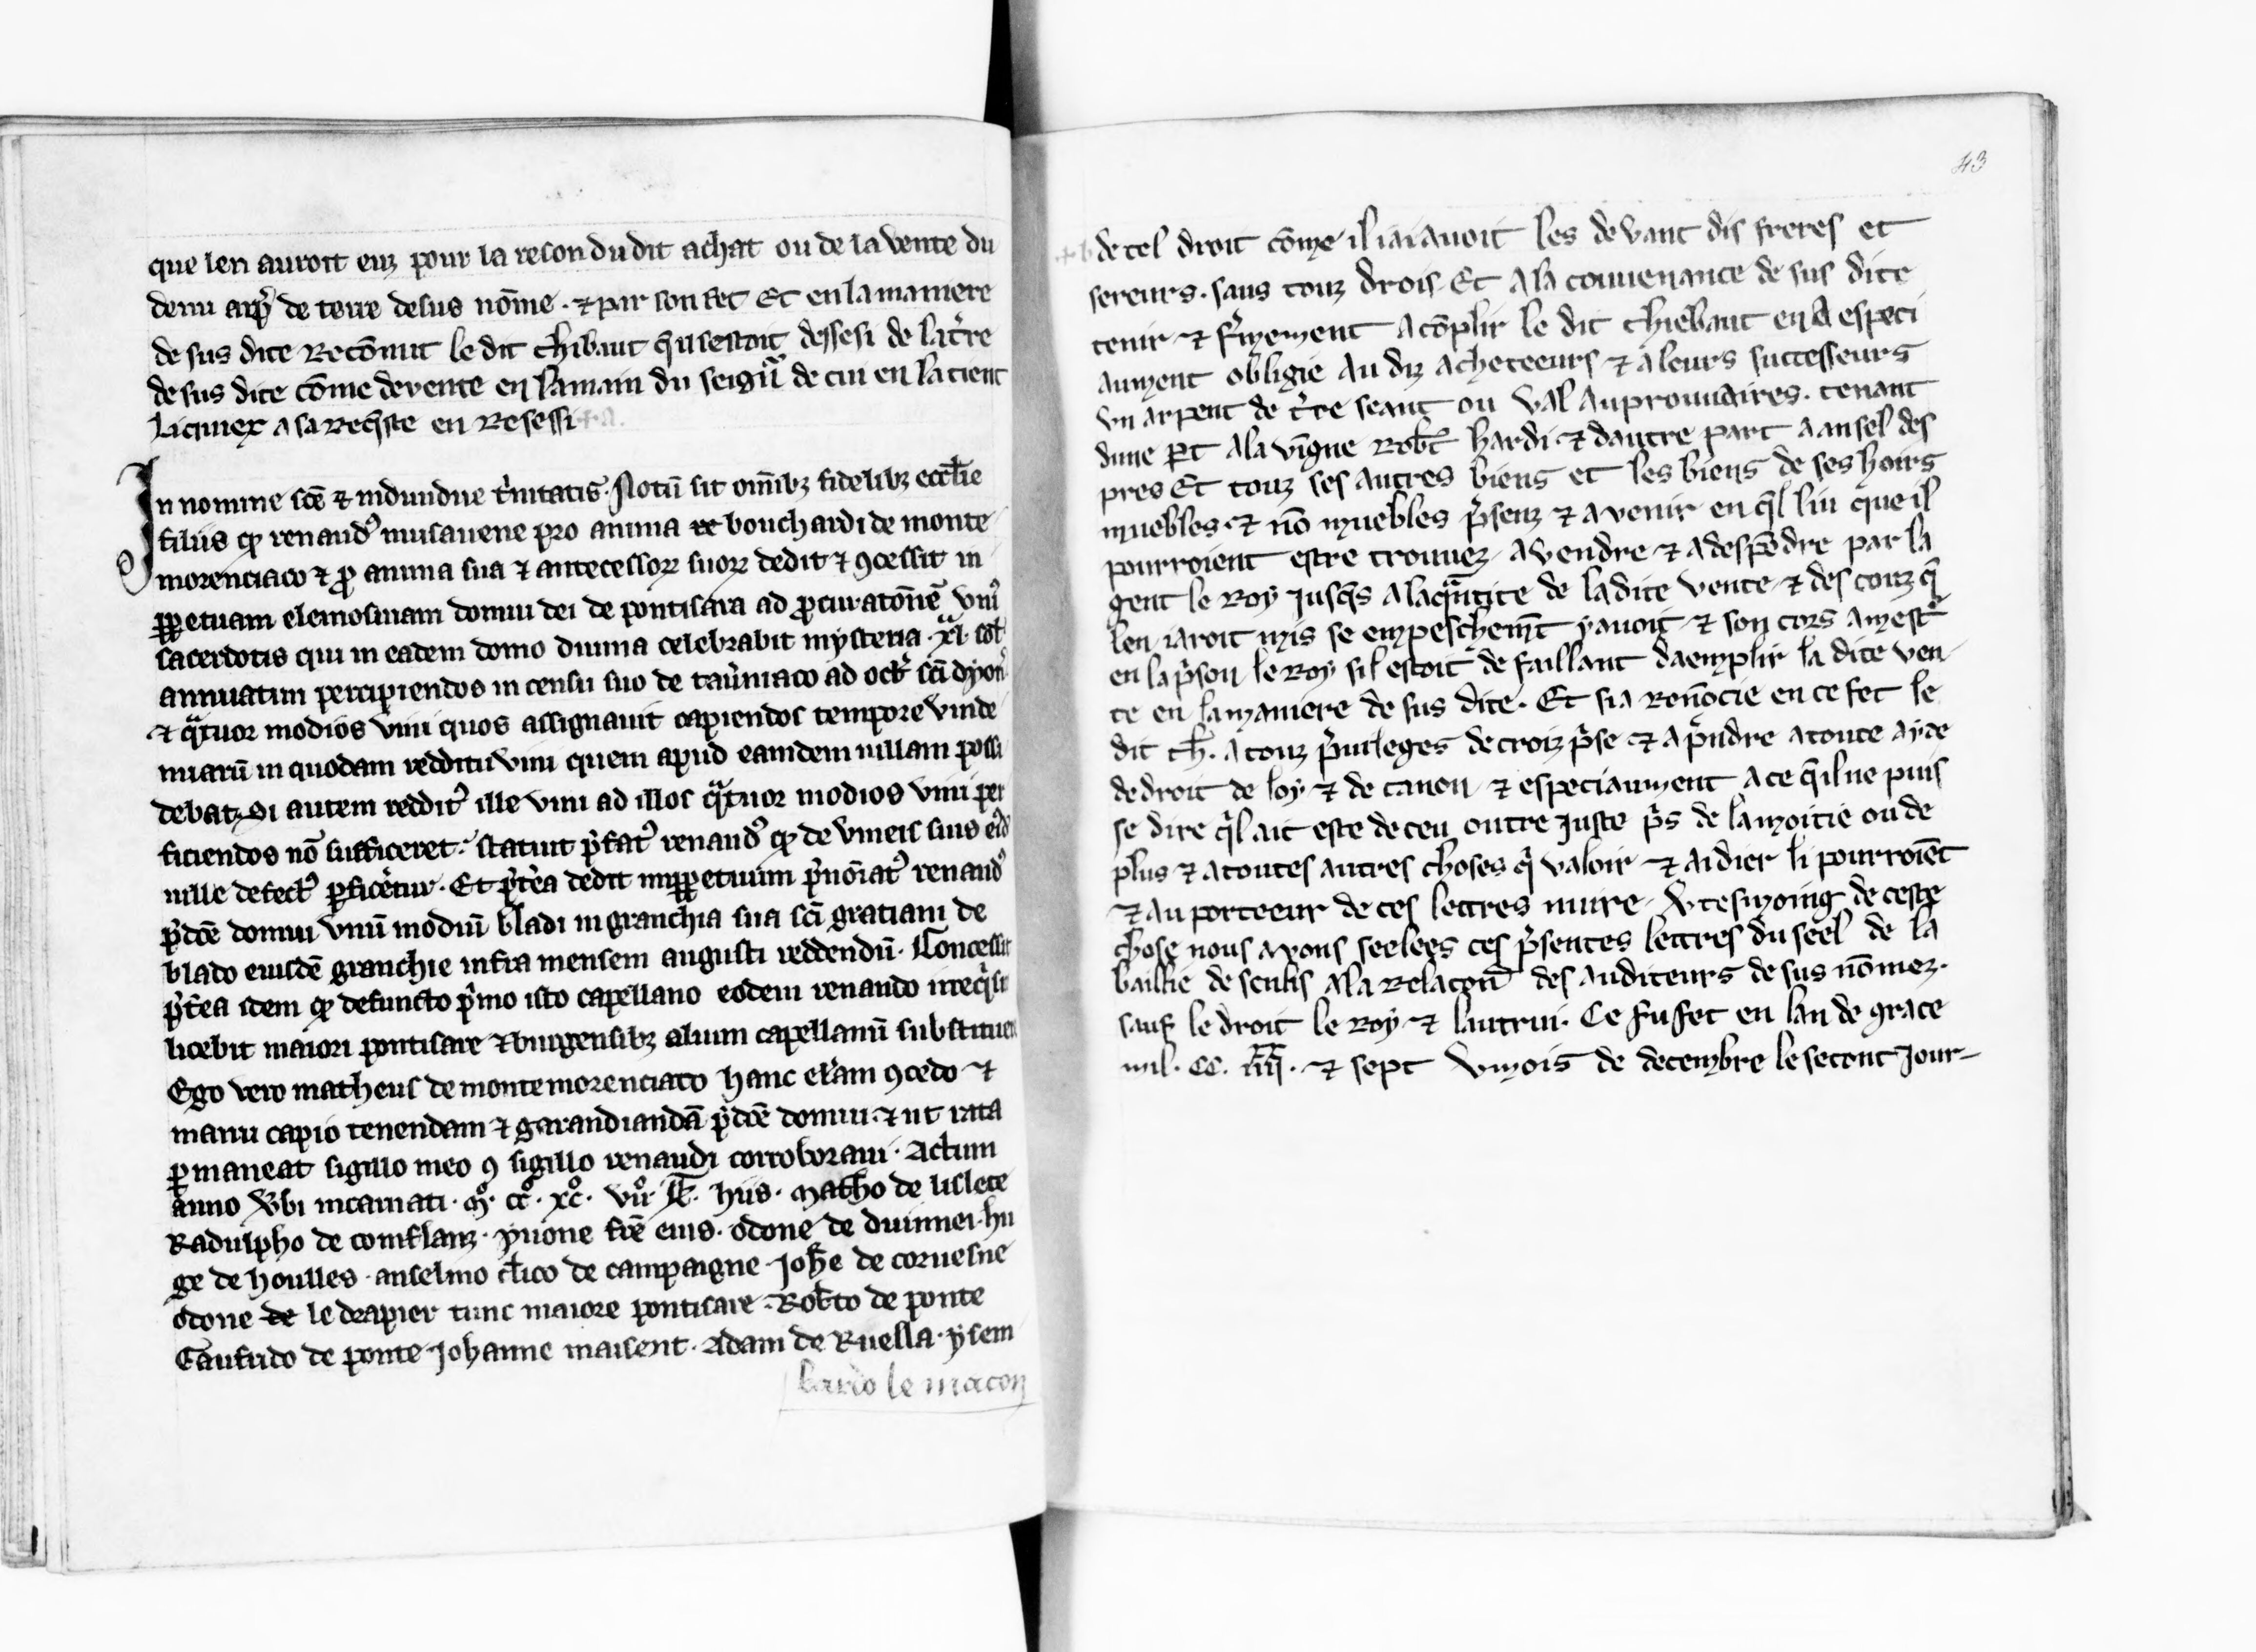
Shelfmark: Paris, BnF, lat. 5657
Century: 13